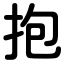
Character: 抱